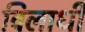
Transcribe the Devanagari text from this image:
विलाधी